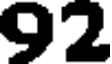
92